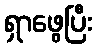
ရှာဖွေပြီး